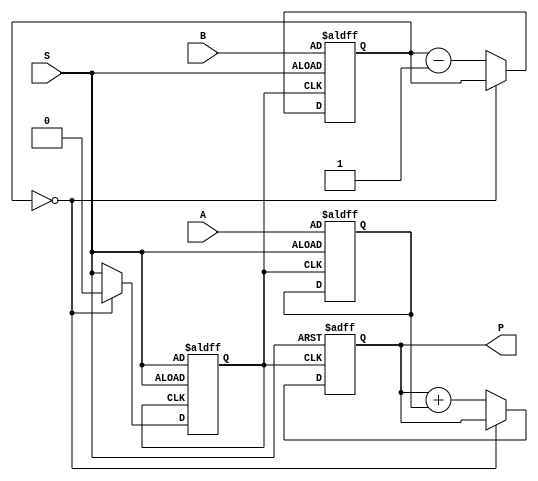
//  ***************************************************
//  *             Eight Bit Multiplier                *
//  ***************************************************



module EightBitMultiplier (
  input wire [7:0] A,
  input wire [7:0] B,
  input wire S,
  output reg [15:0] P
);
  reg [7:0] RA;
  reg [7:0] RB;
  reg S_internal;

  always @(posedge S or posedge S_internal) begin
    S_internal <= S;
    if (S == 1'b1) begin
      RA <= A;
      RB <= B;
      P <= 16'b0;
    end
    else begin
      if (RB == 8'b0) begin
        S_internal <= 1'b0;
      end
      else begin
        P <= P + RA;
        RB <= RB - 1;
      end
    end
  end
endmodule